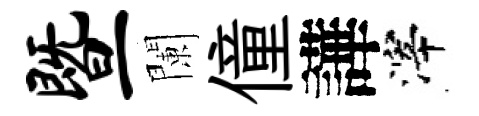
暨闌僮譁滓